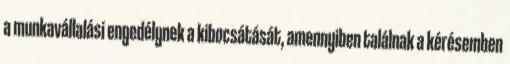
a munkavállalási engedélynek a kibocsátását, amennyiben találnak a kérésemben